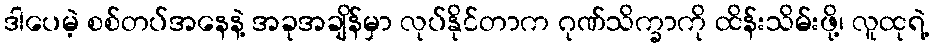
ဒါပေမဲ့ စစ်တပ်အနေနဲ့ အခုအချိန်မှာ လုပ်နိုင်တာက ဂုဏ်သိက္ခာကို ထိန်းသိမ်းဖို့၊ လူထုရဲ့